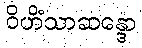
ဝိဟိံသာဆန္ဒော